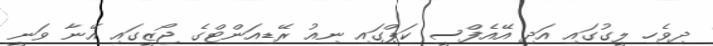
ދިވެހި ލީގުގައި އަދި އޭއެފްސީ ކަޕްގައި ނިއު ރޭޑިއަންޓްގެ ޖޯޒީގައި އޭނާ ވަނީ